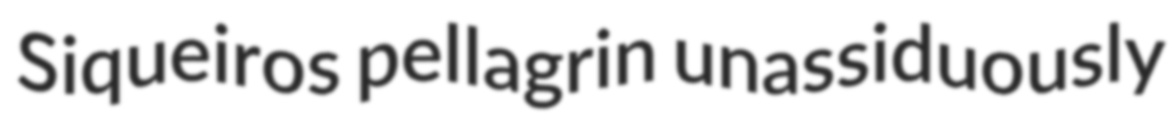
Siqueiros pellagrin unassiduously